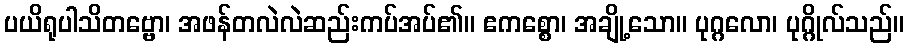
ပယိရုပါသိတဗ္ဗော၊ အဖန်တလဲလဲဆည်းကပ်အပ်၏။ ဧကစ္စော၊ အချို့သော။ ပုဂ္ဂလော၊ ပုဂ္ဂိုလ်သည်။